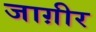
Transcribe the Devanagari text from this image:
जाग़ीर